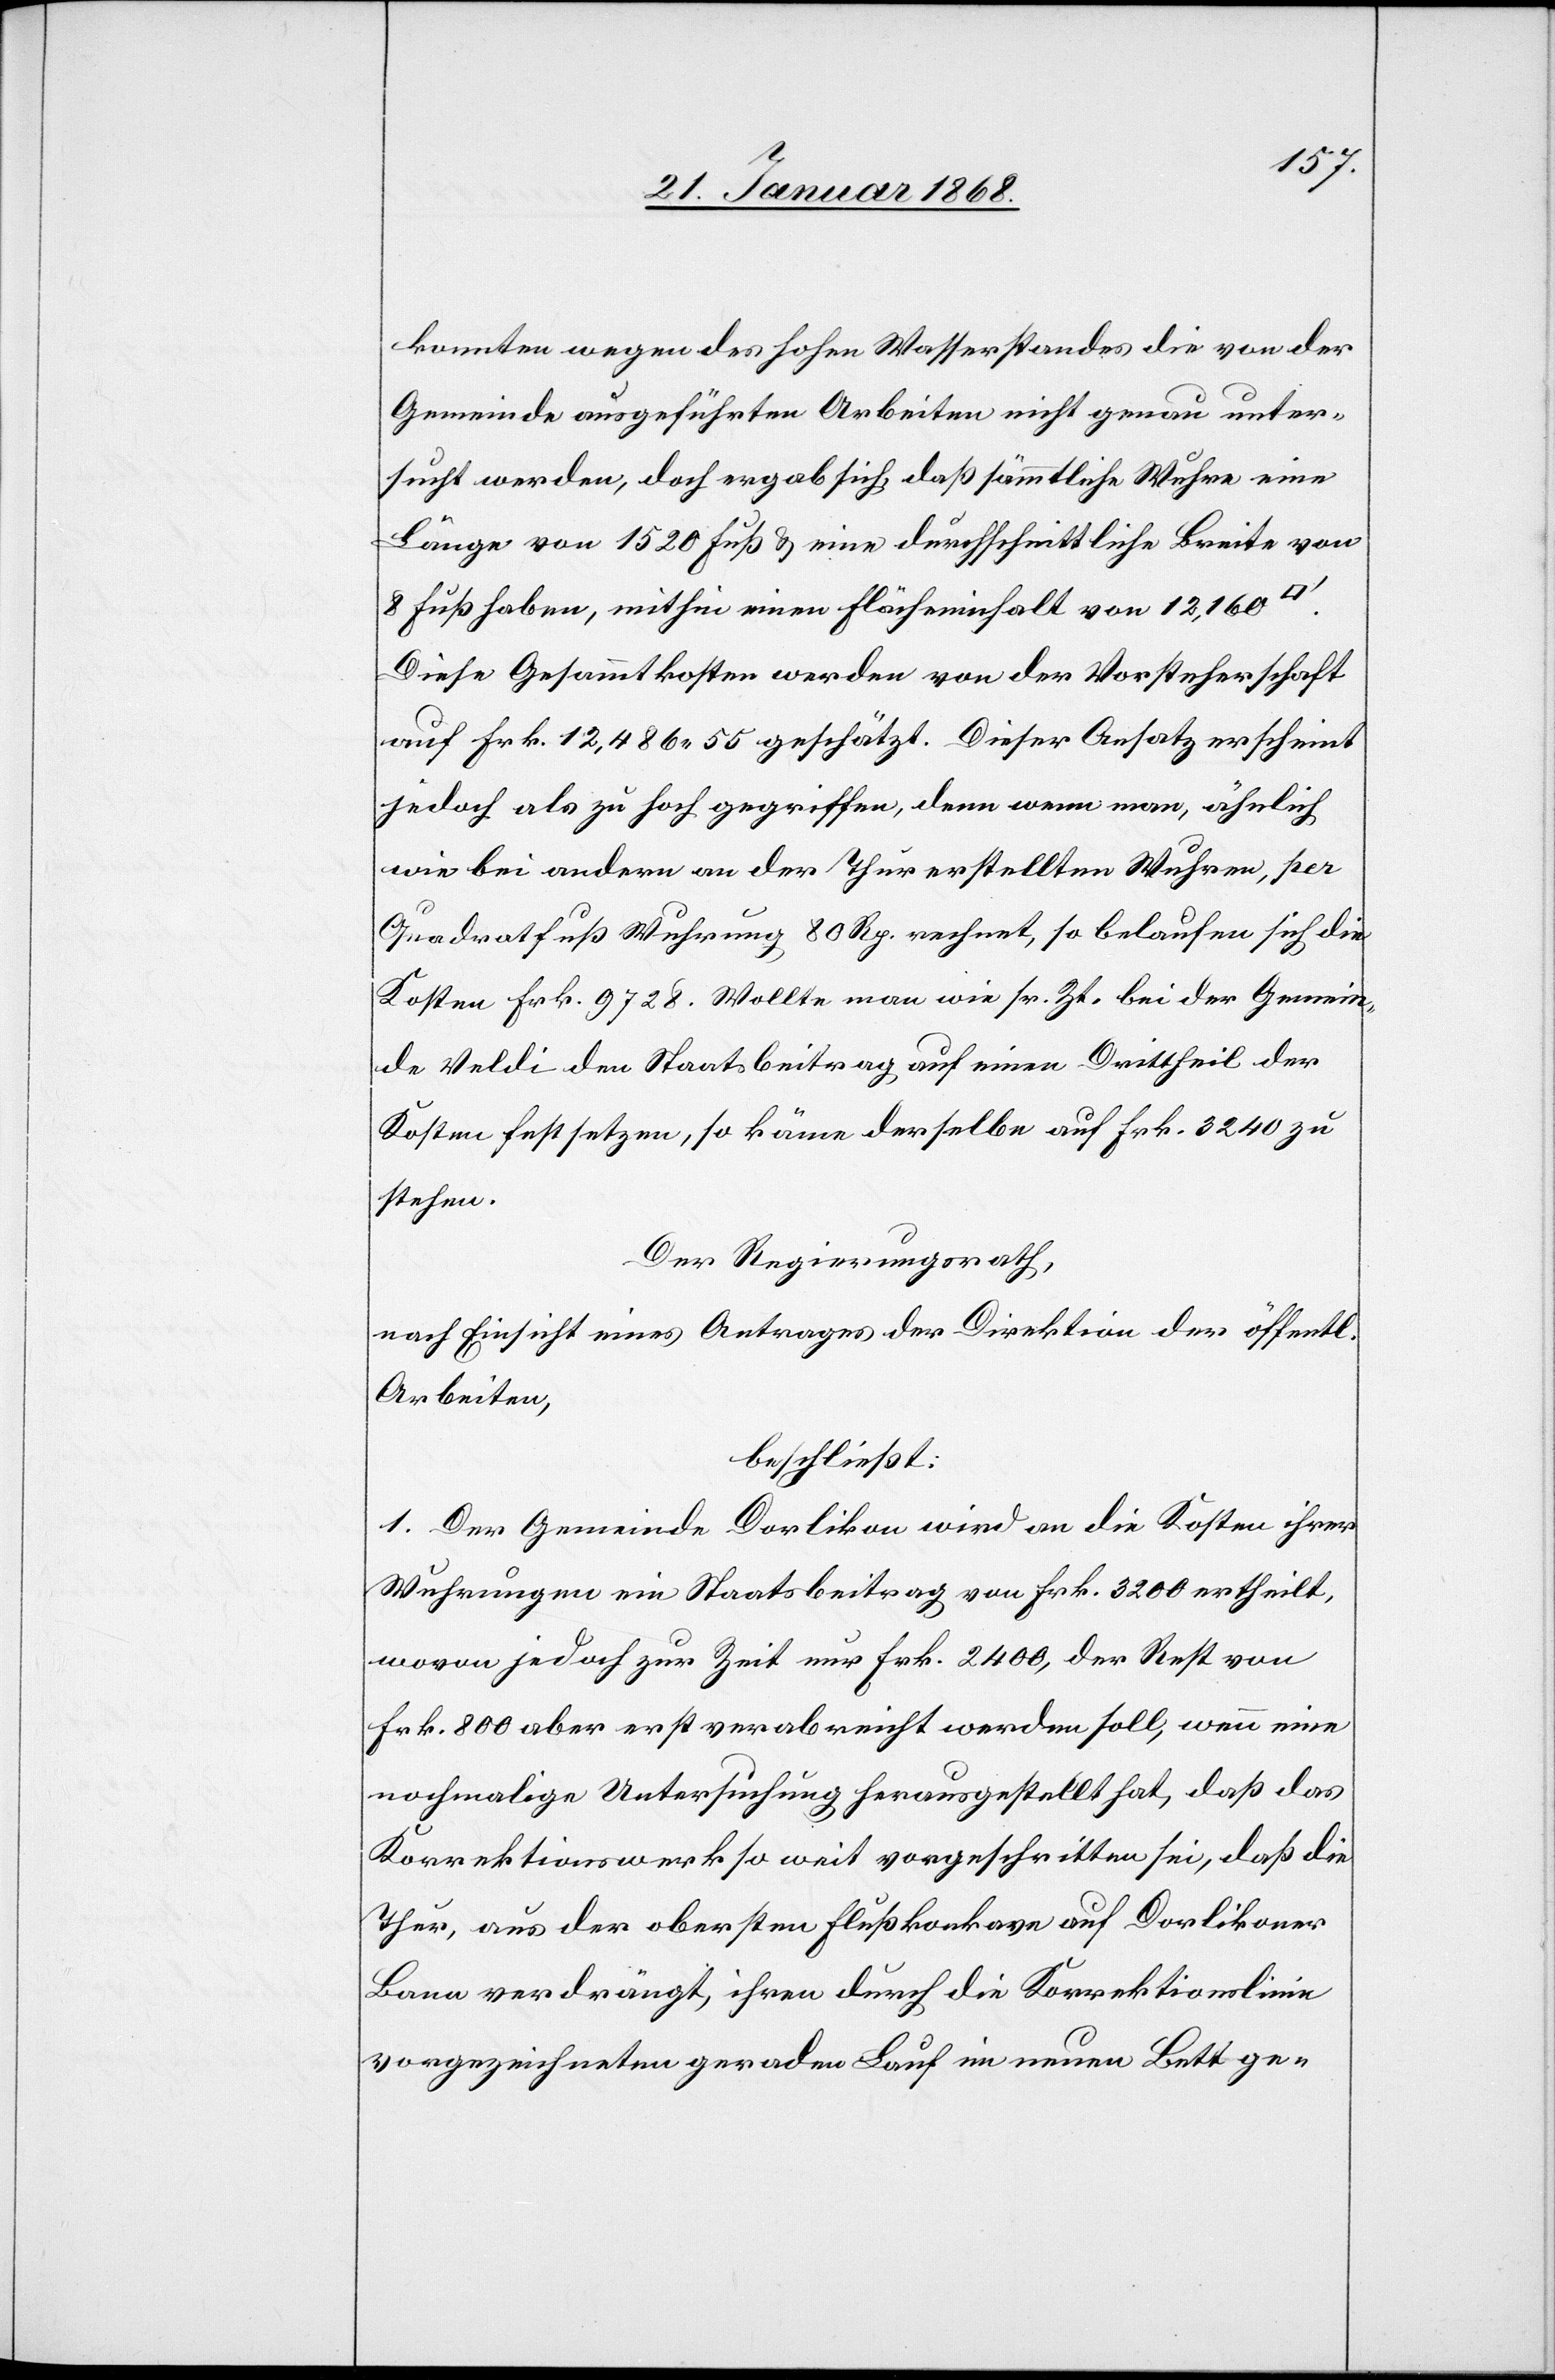
konnten wegen des hohen Wasserstandes die von der
Gemeinde ausgeführten Arbeiten nicht genau unter¬
sucht werden, doch ergab sich, daß sämmtliche Wuhre eine
Länge von 1520 Fuß & eine durchschnittliche Breite von
8 Fuß haben, mithin einen Flächeninhalt von 12,160
Diese Gesammtkosten werden von der Vorsteherschaft
auf Frk. 12,486 55 geschätzt. Dieser Ansatz erscheint
jedoch als zu hoch gegriffen, denn wenn man, ähnlich
wie bei andern an der Thur erstellten Wuhren, per
Quadratfuß Wuhrung 80 Rp. rechnet, so belaufen sich die
[auf] Frk. 9728. Wollte man wie sr. Zt. bei der Gemein¬
de Veldi den Staatsbeitrag auf einen Drittheil der
Kosten festsetzen, so käme derselbe auf Frk. 3240 zu
stehen.
Der Regierungsrath,
nach Einsicht eines Antrages der Direktion der öffentl.
Arbeiten,
beschließt:
1. Der Gemeinde Dorlikon wird an die Kosten ihrer
Wuhrungen ein Staatsbeitrag von Frk. 3200 ertheilt,
wovon jedoch zur Zeit nur Frk. 2400, der Rest von
Frk. 800 aber erst verabreicht werden soll, wenn eine
nochmalige Untersuchung herausgestellt hat, daß das
Korrektionswerk so weit vorgeschritten sei, daß die
Thur, aus der obersten Flußkonkave auf Dorlikoner
Bann verdrängt, ihren durch die Korrektionslinie
vorgezeichneten geraden Lauf im neuen Bett ge-